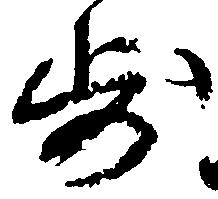
歩